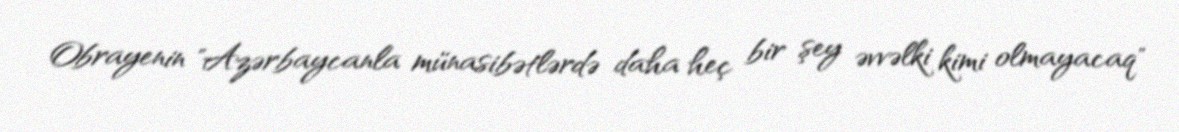
Obrayenin "Azərbaycanla münasibətlərdə daha heç bir şey əvvəlki kimi olmayacaq"